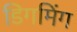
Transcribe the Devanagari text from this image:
डिगमिंग